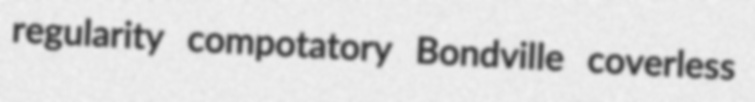
regularity compotatory Bondville coverless